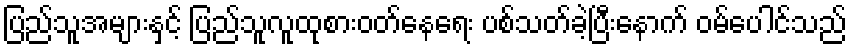
ပြည်သူအများနှင့် ပြည်သူလူထုစားဝတ်နေရေး ပစ်သတ်ခဲ့ပြီးနောက် ဝမ်ပေါင်သည်